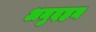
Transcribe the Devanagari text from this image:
अनुदहन